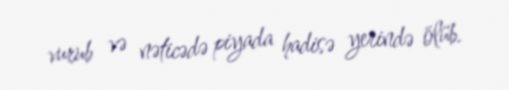
vurub və nəticədə piyada hadisə yerində ölüb.